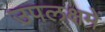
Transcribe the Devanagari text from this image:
उपलक्षमें